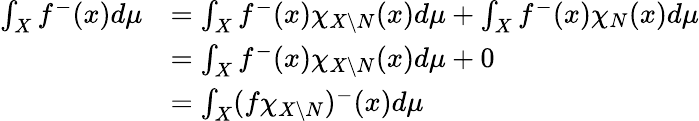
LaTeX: \begin{array}{rl}{\int_{X}f^{-}(x)d\mu}&{=\int_{X}f^{-}(x)\chi_{X\setminus N}(x)d\mu+\int_{X}f^{-}(x)\chi_{N}(x)d\mu}\\ &{=\int_{X}f^{-}(x)\chi_{X\setminus N}(x)d\mu+0}\\ &{=\int_{X}(f\chi_{X\setminus N})^{-}(x)d\mu}\end{array}